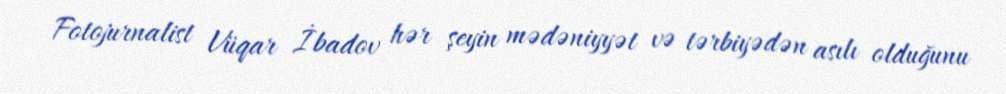
Fotojurnalist Vüqar İbadov hər şeyin mədəniyyət və tərbiyədən asılı olduğunu